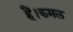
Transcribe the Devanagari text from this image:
हैं।कमल